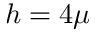
h = 4 \mu